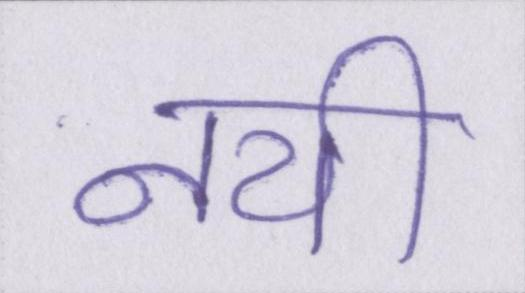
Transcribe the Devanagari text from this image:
नयी